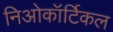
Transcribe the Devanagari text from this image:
निओकॉर्टिकल